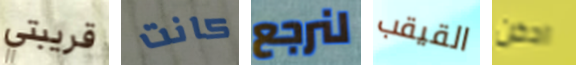
قريبتي كانت لنرجع القيقب ادخن